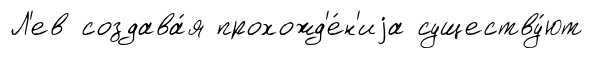
Л'ев создава́я прохожд'е́н'иjа существу́ют